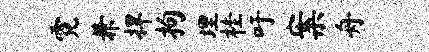
霓兼捍拘埋桂吁案舟